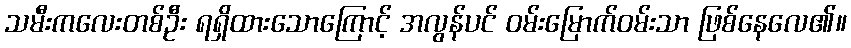
သမီးကလေးတစ်ဦး ရရှိထားသောကြောင့် အလွန်ပင် ဝမ်းမြောက်ဝမ်းသာ ဖြစ်နေလေ၏။